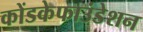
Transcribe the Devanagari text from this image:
कोंडकेफाउंडेशन